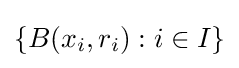
\{B(x_{i},r_{i}):i\in I\}